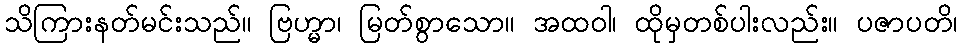
သိကြားနတ်မင်းသည်။ ဗြဟ္မာ၊ မြတ်စွာသော။ အထဝါ၊ ထိုမှတစ်ပါးလည်း။ ပဇာပတိ၊